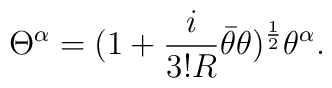
\Theta^\alpha=(1+{i\over{3!R}}\bar\theta\theta)^{1\over 2}\theta^\alpha.